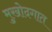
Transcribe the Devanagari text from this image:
मुखोदगात